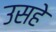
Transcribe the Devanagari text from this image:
उसहे